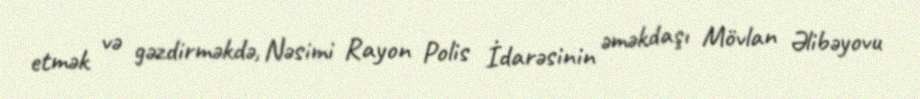
etmək və gəzdirməkdə, Nəsimi Rayon Polis İdarəsinin əməkdaşı Mövlan Əlibəyovu